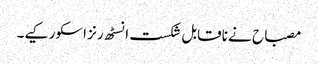
مصباح نے ناقابل شکست انسٹھ رنز اسکور کیے۔